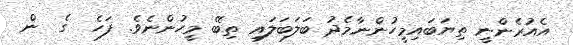
އެއުރެންނީ ތިޔަބައިމީހުންނާމެދު ބަލަބަލައި ތިބޭ މީހުންނެވެ. ފަހެ  ގެ  ން